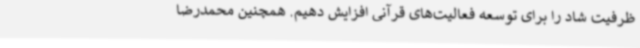
ظرفیت شاد را برای توسعه فعالیت‌های قرآنی افزایش دهیم. همچنین محمدرضا